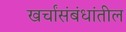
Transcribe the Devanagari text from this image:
खर्चांसंबंधांतील